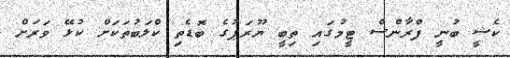
ކެޝީ ބުނީ ފްރާންސް ޓީމުގައި ތިބީ ޔޫރަޕުގެ ބޮޑެތި ކްލަބުތަކަށް ކުޅޭ ވަރަށް